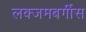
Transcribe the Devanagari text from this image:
लक्जमबर्गीस